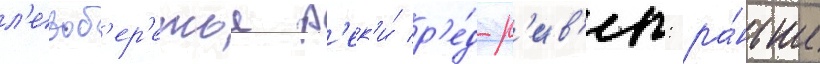
л'евоб'ер'ежье р'ек'и́ р'е́д-р'ив'ер: ра́ньше